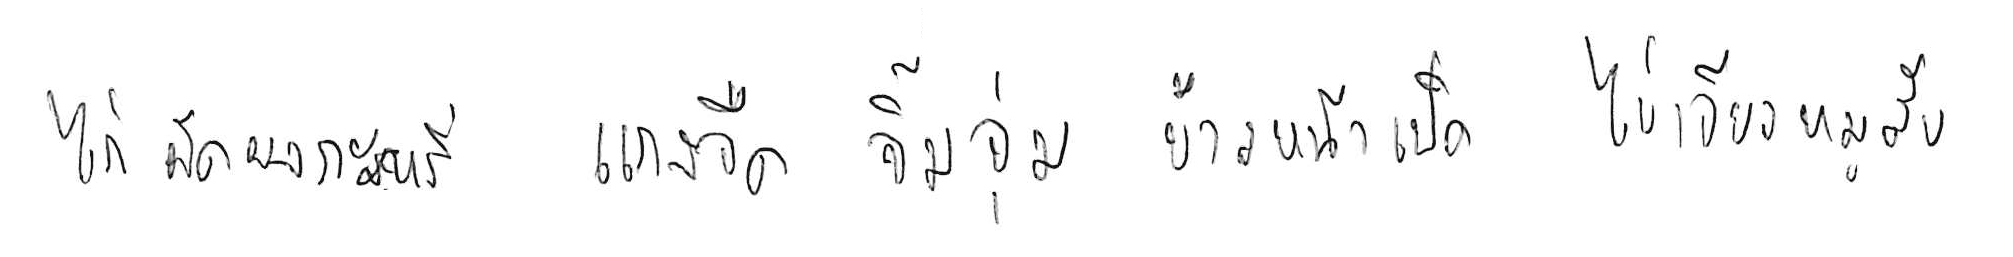
ไก่ผัดผงกะหรี่ แกงจืด จิ้มจุ่ม ข้าวหน้าเป็ด ไข่เจียวหมูสับ